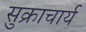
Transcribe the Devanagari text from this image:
सुक्राचार्य